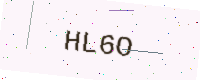
Text: HL6O